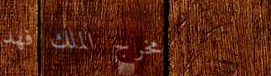
مخرج الملك فهد